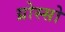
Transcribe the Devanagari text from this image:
ग्रोस्सो